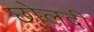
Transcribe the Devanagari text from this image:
छोलदी